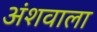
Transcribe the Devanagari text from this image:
अंशवाला